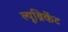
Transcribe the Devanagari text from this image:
ल्यूब्रिकेंट